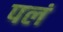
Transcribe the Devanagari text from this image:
पलं